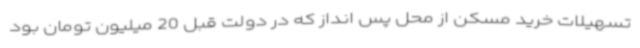
تسهیلات خرید مسکن از محل پس انداز که در دولت قبل 20 میلیون تومان بود